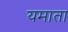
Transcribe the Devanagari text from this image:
यमाता